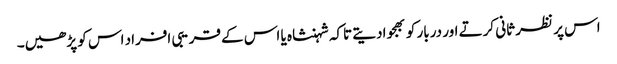
اس پر نظر ثانی کرتے اور دربار کو بھجوادیتے تاکہ شہنشاہ یا اس کے قریبی افراد اس کو پڑھیں۔